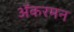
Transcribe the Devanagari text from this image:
ॲकरमन